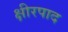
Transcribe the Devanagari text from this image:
क्षीरपाद